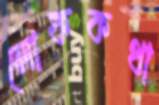
লোককথা